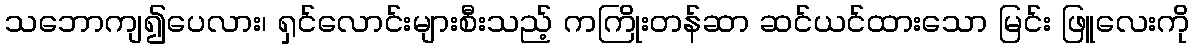
သဘောကျ၍ပေလား၊ ရှင်လောင်းများစီးသည့် ကကြိုးတန်ဆာ ဆင်ယင်ထားသော မြင်း ဖြူလေးကို